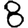
Digit: 8